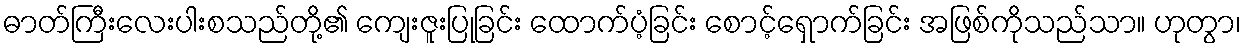
ဓာတ်ကြီးလေးပါးစသည်တို့၏ ကျေးဇူးပြုခြင်း ထောက်ပံ့ခြင်း စောင့်ရှောက်ခြင်း အဖြစ်ကိုသည်သာ။ ဟုတွာ၊